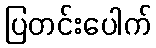
ပြတင်းပေါက်